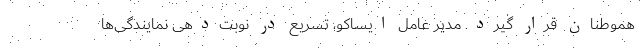
هموطنان قرار گیرد. مدیر عامل ایساکو، تسریع در نوبت‌دهی نمایندگی‌ها